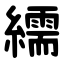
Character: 繻